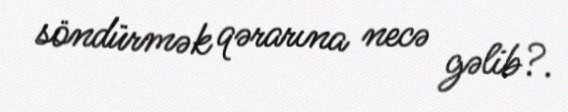
söndürmək qərarına necə gəlib?.